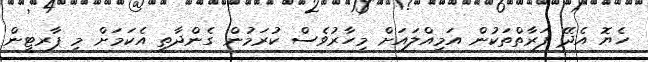
ހެޔޮ އެދޭ ފަރާތްތަކުން އަމިއްލައަށް މިހާރުވެސް ކުރަމުން ގެންދާތީ އެކަމަށް މި ޕާރޓީން